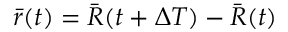
\bar { r } ( t ) = \bar { R } ( t + \Delta T ) - \bar { R } ( t )